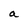
Character: a